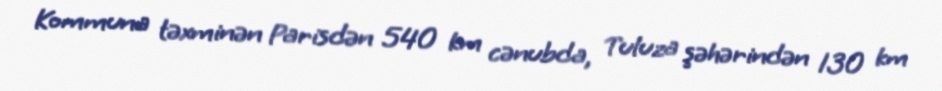
Kommuna təxminən Parisdən 540 km cənubda, Tuluza şəhərindən 130 km